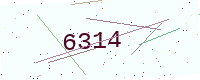
Text: 6314